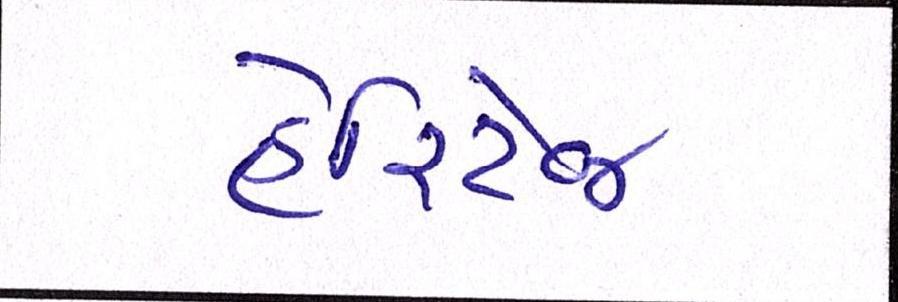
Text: હેરિટેજ